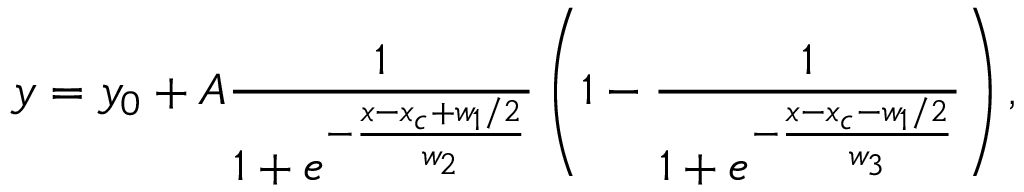
y = y _ { 0 } + A \frac { 1 } { 1 + e ^ { - \frac { x - x _ { c } + w _ { 1 } / 2 } { w _ { 2 } } } } \left( 1 - \frac { 1 } { 1 + e ^ { - \frac { x - x _ { c } - w _ { 1 } / 2 } { w _ { 3 } } } } \right) ,